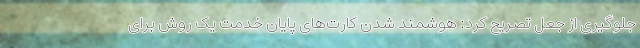
جلوگیری از جعل تصریح کرد: هوشمند شدن کارت‌های پایان خدمت یک روش برای